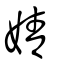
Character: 婧